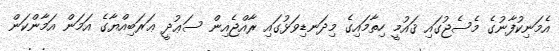
އެމަނިކުފާނުގެ މެސެޖުގައި ޤައުމީ ހިތާމައިގެ މިދަނޑިވަޅުގައި ރާއްޖެއިން ސަޢުދީ ޢަރަބިއްޔާގެ އަމަން އަމާންކަން